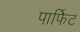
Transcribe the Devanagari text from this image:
पार्फिट